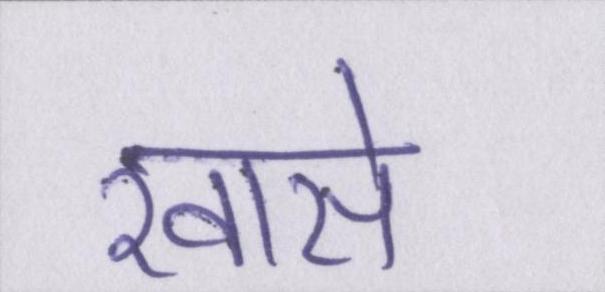
खासे